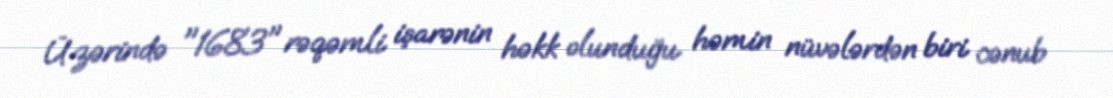
Üzərində "1683" rəqəmli işarənin həkk olunduğu həmin nüvələrdən biri cənub